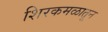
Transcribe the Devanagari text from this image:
शिरकमळातून